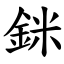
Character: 銤